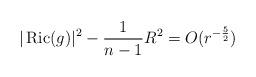
LaTeX: \begin{align*} |\operatorname{Ric}(g)|^2-\frac{1}{n-1}R^2=O(r^{-\frac{5}{2}}) \end{align*}